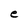
Character: e